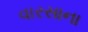
વારસાના